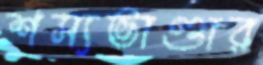
শস্যভাণ্ডার